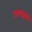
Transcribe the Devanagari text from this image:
अपहारी